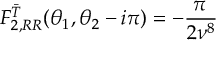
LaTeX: F _ { 2 , R R } ^ { \bar { T } } ( \theta _ { 1 } , \theta _ { 2 } - i \pi ) = - \frac { \pi \, } { 2 \nu ^ { 8 } }